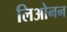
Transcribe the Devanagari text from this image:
लिओनन